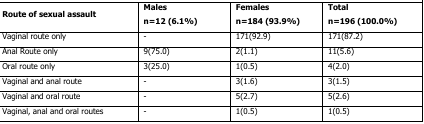
<table><thead><tr><td><b>Route of sexual assault</b></td><td><b>Malesn = 12 (6.1%)</b></td><td><b>Femalesn = 184 (93.9%)</b></td><td><b>Totaln = 196 (100.0%)</b></td></tr></thead><tbody><tr><td>Vaginal route only</td><td>-</td><td>171(92.9)</td><td>171(87.2)</td></tr><tr><td>Anal Route only</td><td>9(75.0)</td><td>2(1.1)</td><td>11(5.6)</td></tr><tr><td>Oral route only</td><td>3(25.0)</td><td>1(0.5)</td><td>4(2.0)</td></tr><tr><td>Vaginal and anal route</td><td>-</td><td>3(1.6)</td><td>3(1.5)</td></tr><tr><td>Vaginal and oral route</td><td>-</td><td>5(2.7)</td><td>5(2.6)</td></tr><tr><td>Vaginal, anal and oral routes</td><td>-</td><td>1(0.5)</td><td>1(0.5)</td></tr></tbody></table>